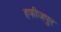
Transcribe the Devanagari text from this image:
हफीजपुर